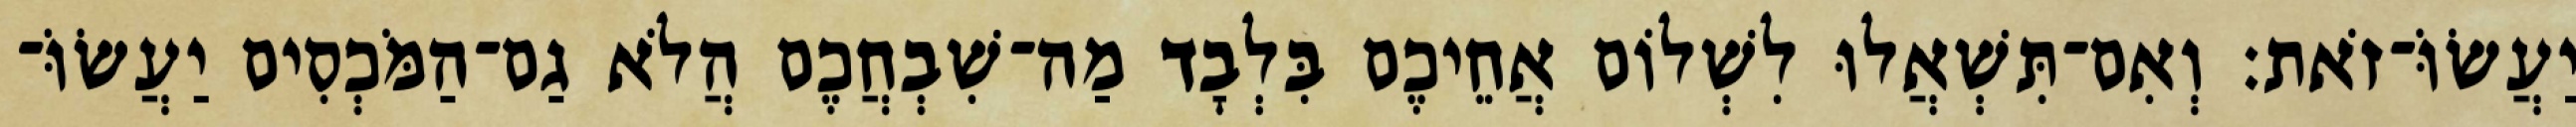
יַעֲשׂוֹּ־זֹאת׃ וְאִם־תִּשְׁאֲלוּ לִשְׁלוֹם אֲחֵיכֶם בִּלְבָד מַה־שִׁבְחֲכֶם הֲלֹא גַם־הַמֹּכְסִים יַעֲשׂוֹּ־